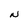
Character: N